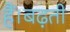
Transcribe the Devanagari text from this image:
हैं।बढ़ती